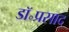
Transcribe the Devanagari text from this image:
डॉ॰प्रसाद